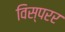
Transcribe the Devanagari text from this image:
विस्परर